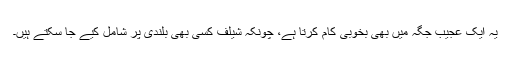
یہ ایک عجیب جگہ میں بھی بخوبی کام کرتا ہے، چونکہ شیلف کسی بھی بلندی پر شامل کیے جا سکتے ہیں۔